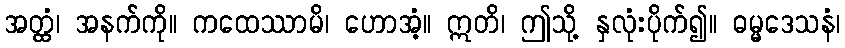
အတ္ထံ၊ အနက်ကို။ ကထေဿာမိ၊ ဟောအံ့။ ဣတိ၊ ဤသို့ နှလုံးပိုက်၍။ ဓမ္မဒေသနံ၊